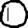
Digit: 0